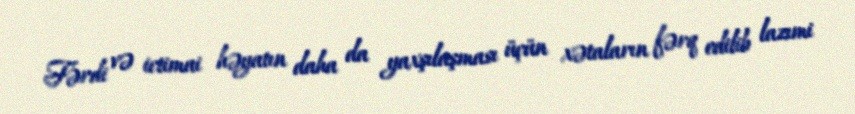
Fərdi və ictimai həyatın daha da yaxşılaşması üçün xətaların fərq edilib lazımi